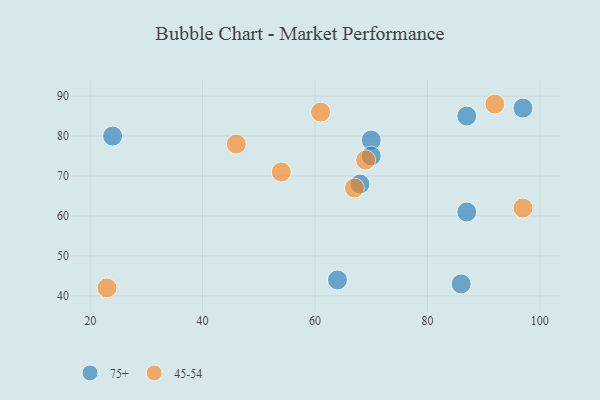
{"axis": {"x": "GDP", "y": "Life Expectancy"}, "legend": ["45-54", "75+"], "data": [{"x": "87", "y": 61, "type": "75+"}, {"x": "70", "y": 79, "type": "75+"}, {"x": "64", "y": 44, "type": "75+"}, {"x": "24", "y": 80, "type": "75+"}, {"x": "68", "y": 68, "type": "75+"}, {"x": "70", "y": 75, "type": "75+"}, {"x": "86", "y": 43, "type": "75+"}, {"x": "97", "y": 87, "type": "75+"}, {"x": "87", "y": 85, "type": "75+"}, {"x": "67", "y": 67, "type": "45-54"}, {"x": "23", "y": 42, "type": "45-54"}, {"x": "97", "y": 62, "type": "45-54"}, {"x": "54", "y": 71, "type": "45-54"}, {"x": "92", "y": 88, "type": "45-54"}, {"x": "46", "y": 78, "type": "45-54"}, {"x": "61", "y": 86, "type": "45-54"}, {"x": "69", "y": 74, "type": "45-54"}]}